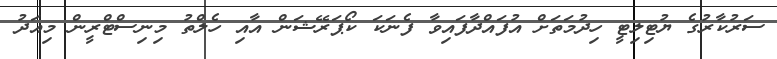
ސަރުކާރުގެ ޔުޓިލިޓީ ހިދުމަތަށް އުފައްދާފައިވާ ފެނަކަ ކޯޕަރޭޝަން އާއި ހެލްތު މިނިސްޓްރީން މިއަދު